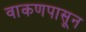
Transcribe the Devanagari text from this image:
वाकणपासून